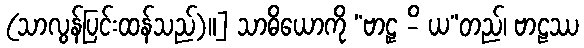
(သာလွန်ပြင်းထန်သည်)။] သာဓိယောကို “ဗာဠှ -ိ ယ”တည်၊ ဗာဠဿ